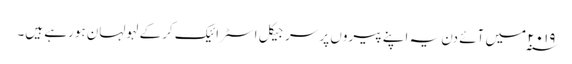
۲۰۱۹ ؁ میں آئے دن یہ اپنے پیروں پر سرجیکل اسٹرائیک کرکے لہولہان ہورہے ہیں۔